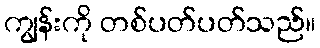
ကျွန်းကို တစ်ပတ်ပတ်သည်။